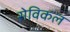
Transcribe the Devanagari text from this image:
सेविकल